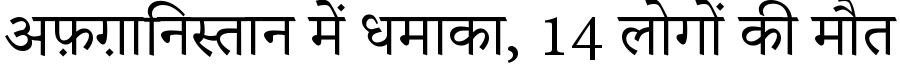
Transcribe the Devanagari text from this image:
अफ़ग़ानिस्तान में धमाका, 14 लोगों की मौत